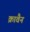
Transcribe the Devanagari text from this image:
क्रावैन